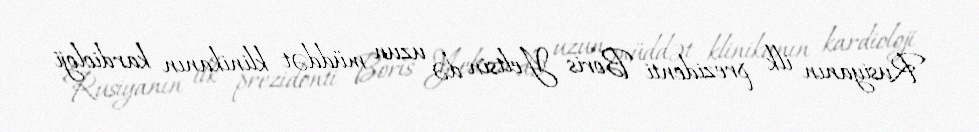
Rusiyanın ilk prezidenti Boris Yeltsin də uzun müddət klinikanın kardioloji